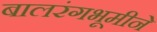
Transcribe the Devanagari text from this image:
बालरंगभूमीने